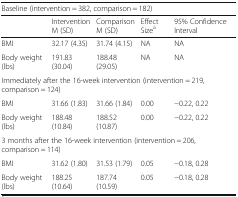
<table><thead><tr><td colspan="5"><b>Baseline (intervention = 382, comparison = 182)</b></td></tr><tr><td></td><td><b>InterventionM (SD)</b></td><td><b>ComparisonM (SD)</b></td><td><b>Effect Size<sup>a</sup></b></td><td><b>95% Confidence Interval</b></td></tr></thead><tbody><tr><td>BMI</td><td>32.17 (4.35)</td><td>31.74 (4.15)</td><td>NA</td><td>NA</td></tr><tr><td>Body weight (lbs)</td><td>191.83 (30.04)</td><td>188.48 (29.05)</td><td>NA</td><td>NA</td></tr><tr><td colspan="5">Immediately after the 16-week intervention (intervention = 219, comparison = 124)</td></tr><tr><td>BMI</td><td>31.66 (1.83)</td><td>31.66 (1.84)</td><td>0.00</td><td>−0.22, 0.22</td></tr><tr><td>Body weight (lbs)</td><td>188.48 (10.84)</td><td>188.52 (10.87)</td><td>0.00</td><td>−0.22, 0.22</td></tr><tr><td colspan="5">3 months after the 16-week intervention (intervention = 206, comparison = 114)</td></tr><tr><td>BMI</td><td>31.62 (1.80)</td><td>31.53 (1.79)</td><td>0.05</td><td>−0.18, 0.28</td></tr><tr><td>Body weight (lbs)</td><td>188.25 (10.64)</td><td>187.74 (10.59)</td><td>0.05</td><td>−0.18, 0.28</td></tr></tbody></table>